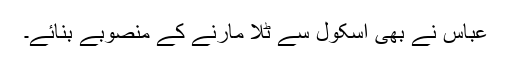
عباس نے بھی اسکول سے ٹلا مارنے کے منصوبے بنائے۔